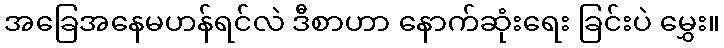
အခြေအနေမဟန်ရင်လဲ ဒီစာဟာ နောက်ဆုံးရေး ခြင်းပဲ မွှေး။